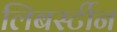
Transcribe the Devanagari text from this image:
लिबर्स्टीन